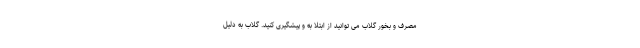
مصرف و بخور گلاب می توانید از ابتلا به و پیشگیری کنید. گلاب به دلیل